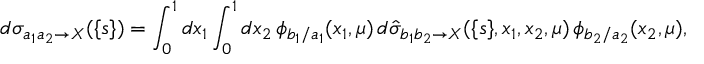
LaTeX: d \sigma _ { a _ { 1 } a _ { 2 } \to X } ( \{ s \} ) = \int _ { 0 } ^ { 1 } d x _ { 1 } \int _ { 0 } ^ { 1 } d x _ { 2 } \, \phi _ { b _ { 1 } / a _ { 1 } } ( x _ { 1 } , \mu ) \, d \hat { \sigma } _ { b _ { 1 } b _ { 2 } \to X } ( \{ s \} , x _ { 1 } , x _ { 2 } , \mu ) \, \phi _ { b _ { 2 } / a _ { 2 } } ( x _ { 2 } , \mu ) ,